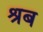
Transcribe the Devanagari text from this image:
श्रब